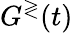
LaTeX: G^{\gtrless}(t)